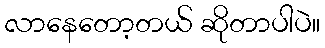
လာနေတော့တယ် ဆိုတာပါပဲ။